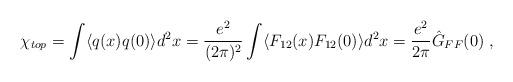
LaTeX: \begin{align*}\chi_{top} = \int \langle q(x) q(0) \rangle d^2x = \frac{e^2}{(2\pi)^2}\int \langle F_{12}(x) F_{12}(0) \rangle d^2x =\frac{e^2}{2\pi} \hat{G}_{FF}(0) \; ,\end{align*}